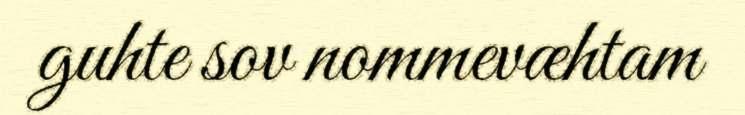
guhte sov nommevæhtam